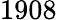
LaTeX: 1908